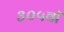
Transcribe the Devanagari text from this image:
३०५वॉ